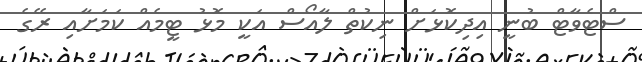
ސްޓެވާޓް ބުނީ އިދިކޮޅަށް ނިކުތް ލާއޯސް އަކީ މޮޅު ޓީމެއް ކަމަށާއި ރޭގެ